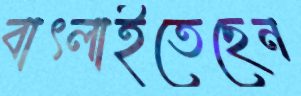
বাৎলাইতেছেন